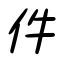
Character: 件